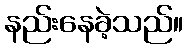
နည်းနေခဲ့သည်။